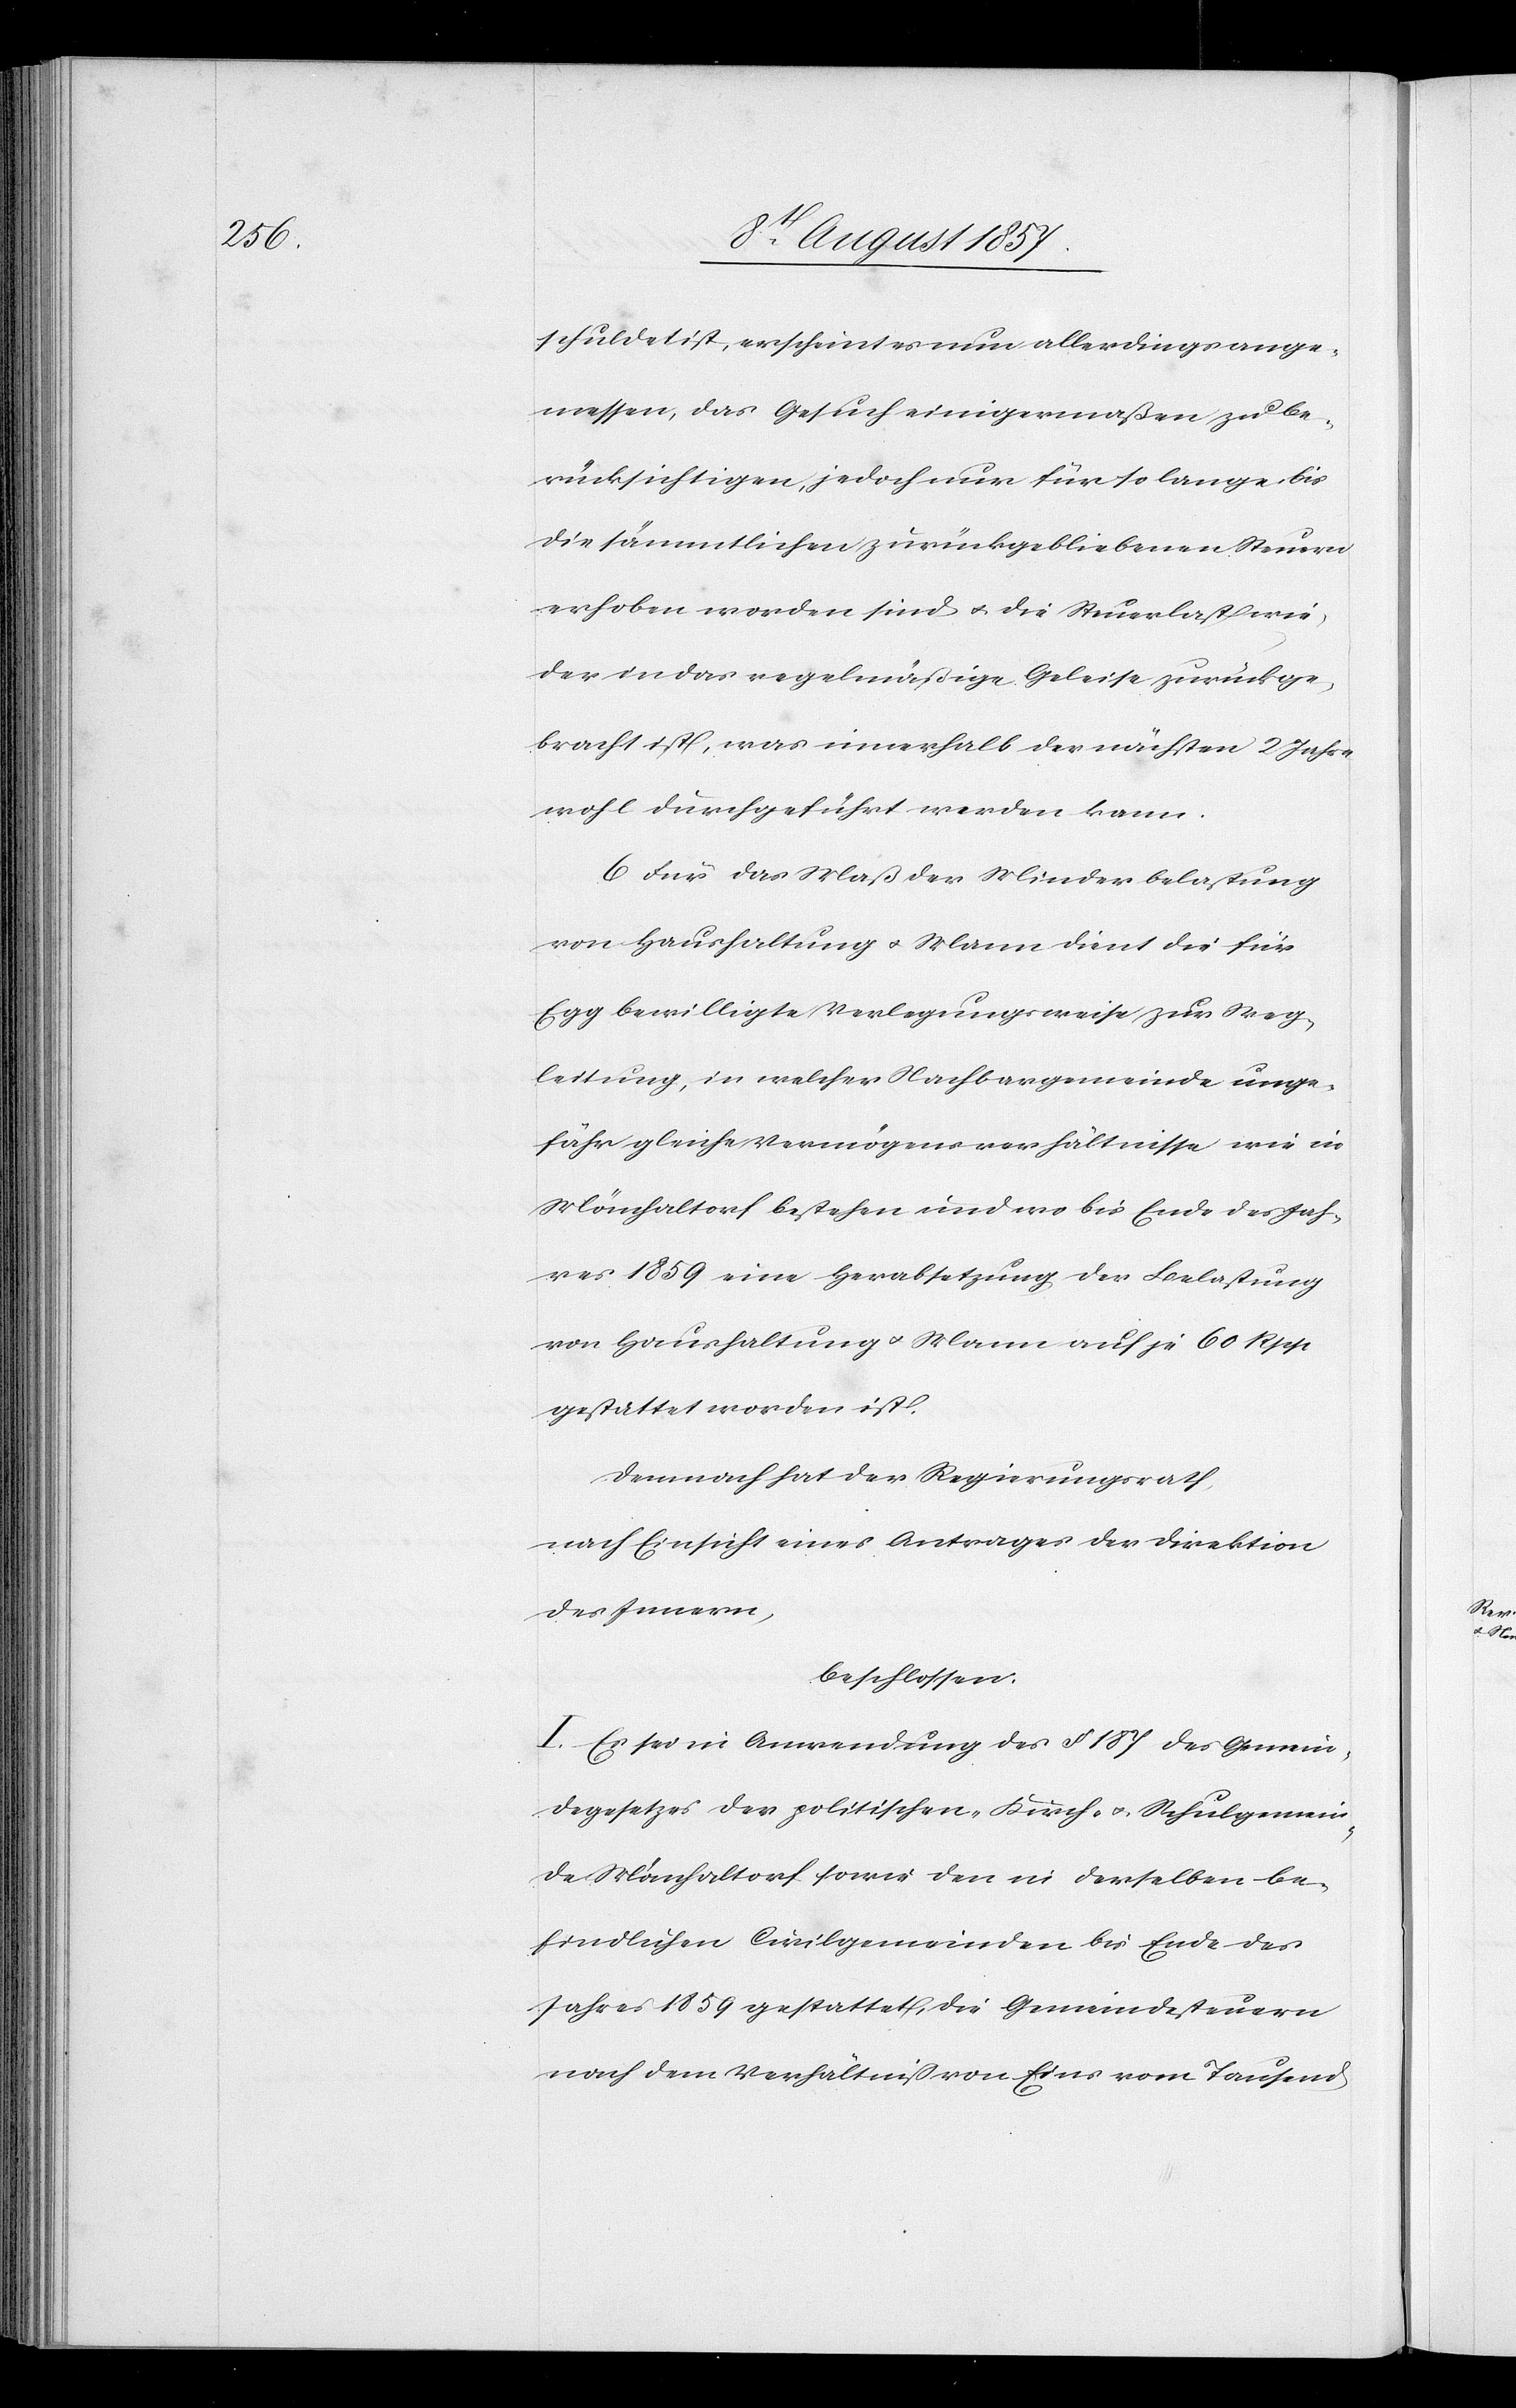
schuldet ist, erscheint es nun allerdings ange¬
messen, das Gesuch einigermassen zu be¬
rücksichtigen, jedoch nur für so lange bis
die sämmtlichen zurückgebliebenen Steuern
erhoben worden sind & die Steuerlast wie¬
der in das regelmäßige Geleise zurückge¬
bracht ist, was innerhalb der nächsten 2 Jahre
wohl durchgeführt werden kann.
6. Für das Maß der Minderbelastung
von Haushaltung & Mann dient die für
Egg bewilligte Verlegungsweise zur Weg¬
leitung, in welcher Nachbargemeinde unge¬
fähr gleiche Vermögensverhältnisse wie in
Mönchaltorf bestehen und wo bis Ende des Jah¬
res 1859 eine Herabsetzung der Belastung
von Haushaltung & Mann auf je 60 Rpp
gestattet worden ist.
Demnach hat der Regierungsrath,
nach Einsicht eines Antrages der Direktion
des Innern,
beschlossen:
I. Es sei in Anwendung des § 187 des Gemein¬
degesetzes der politischen Kirch- & Schulgemein¬
de Mönchaltorf sowie den in derselben be¬
findlichen Civilgemeinden bis Ende des
Jahres 1859 gestattet, die Gemeindesteuern
nach dem Verhältnisse von Eins vom Tausend